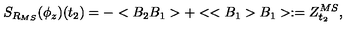
S _ { R _ { M S } } ( \phi _ { z } ) ( t _ { 2 } ) = - < B _ { 2 } B _ { 1 } > + < < B _ { 1 } > B _ { 1 } > : = Z _ { t _ { 2 } } ^ { M S } ,